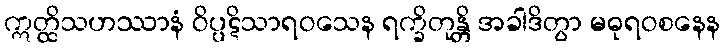
ဣတ္ထိသဟဿာနံ ဝိပ္ပဋိသာရဝသေန ရက္ခိတုန္တိ အခါဒိတွာ မဓုရဝစနေန